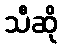
သီဆို